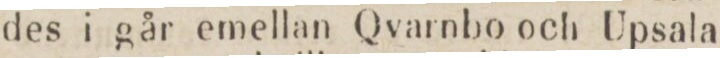
des i går emellan Qvarnbo och Upsala